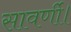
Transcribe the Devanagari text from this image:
सावर्णी।